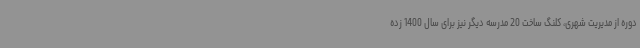
دوره از مدیریت شهری، کلنگ ساخت 20 مدرسه دیگر نیز برای سال 1400 زده